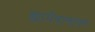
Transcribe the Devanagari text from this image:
ह्यामैदानावर